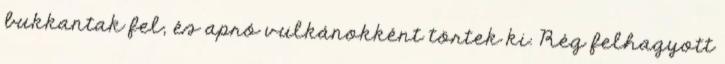
bukkantak fel, és apró vulkánokként törtek ki. Rég felhagyott